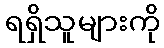
ရရှိသူများကို